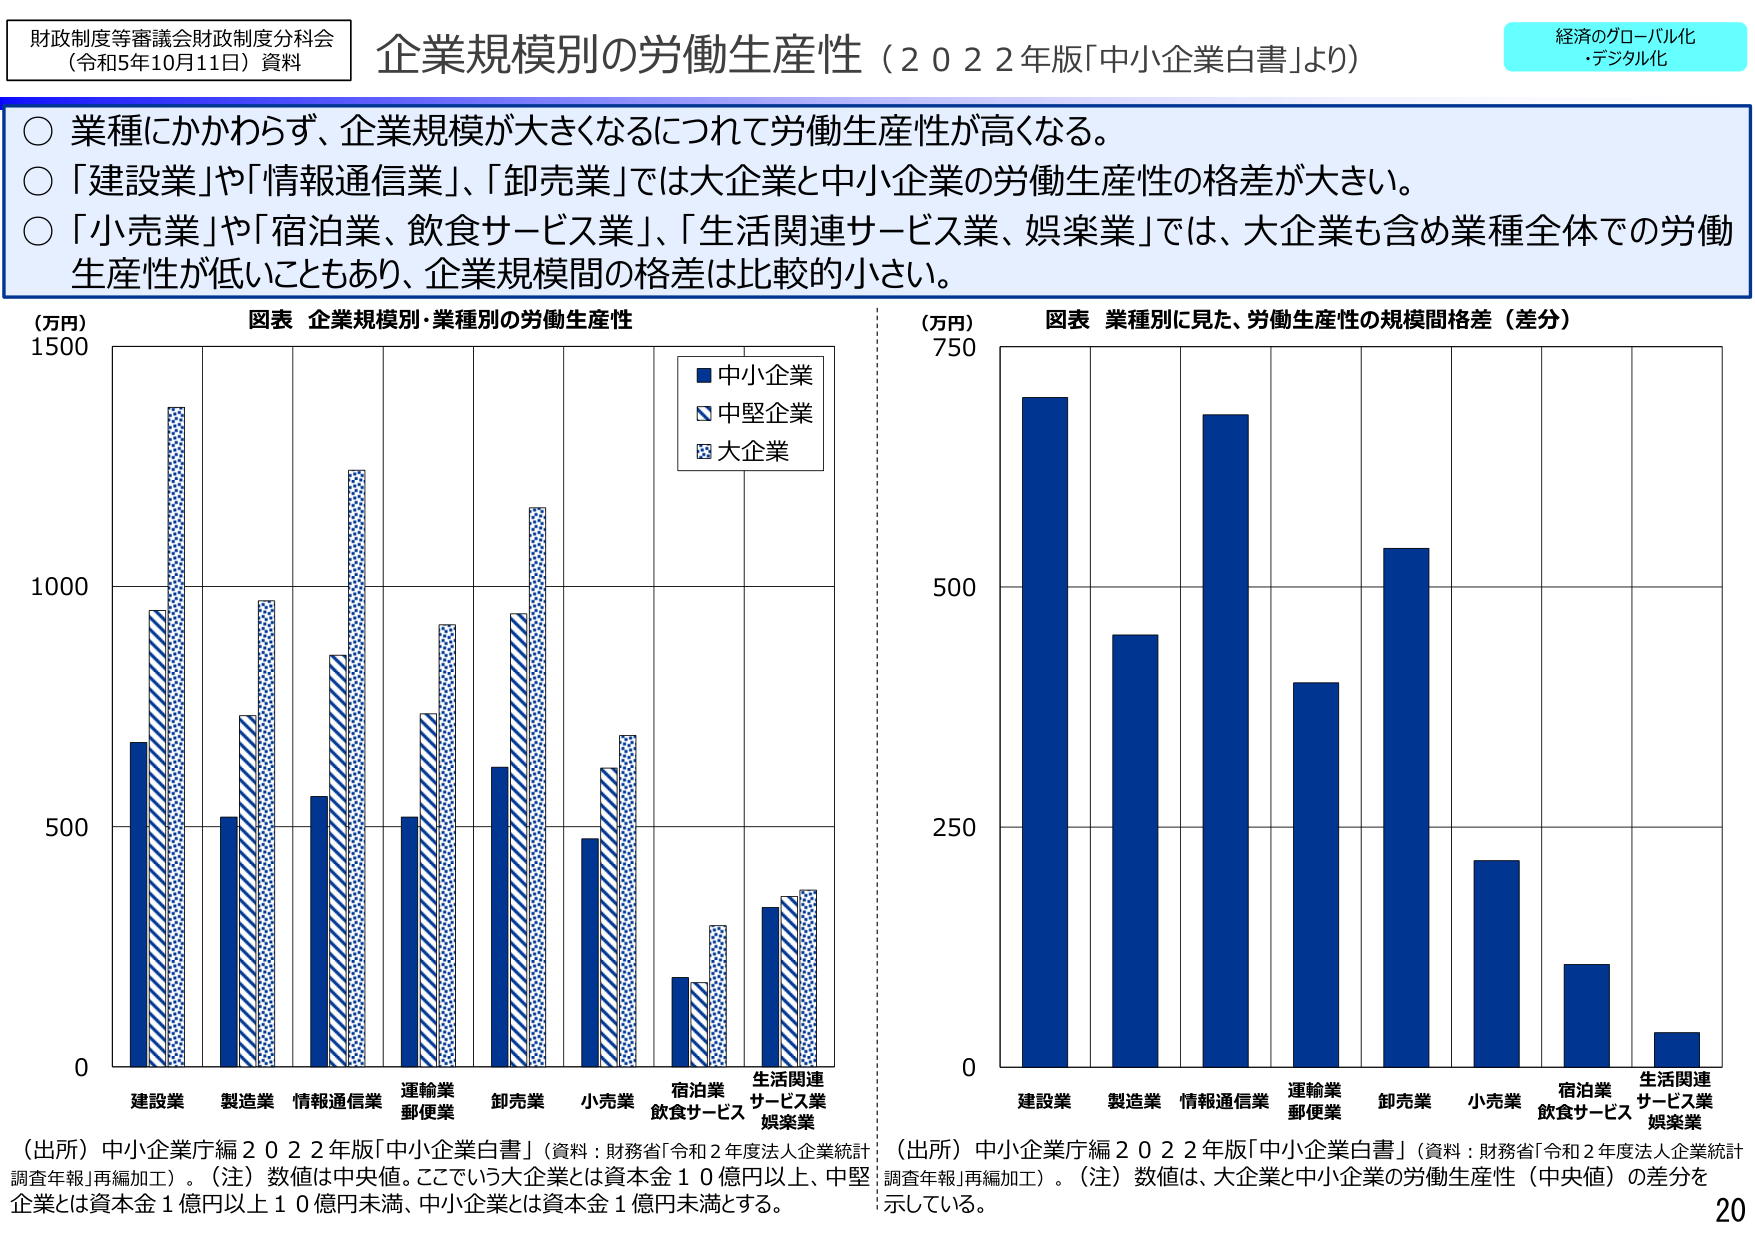
財政制度等審議会財政制度分科会
（令和5年10月11日）資料

企業規模別の労働生産性（２０２２年版「中小企業白書」より）

経済のグローバル化
・デジタル化

○ 業種にかかわらず、企業規模が大きくなるにつれて労働生産性が高くなる。
○ 「建設業」や「情報通信業」、「卸売業」では大企業と中小企業の労働生産性の格差が大きい。
○ 「小売業」や「宿泊業、飲食サービス業」、「生活関連サービス業、娯楽業」では、大企業も含め業種全体での労働生産性が低いこともあり、企業規模間の格差は比較的小さい。

（万円）
図表 企業規模別・業種別の労働生産性

■ 中小企業
◇ 中堅企業
□ 大企業

0
500
1000
1500

建設業
製造業
情報通信業
運輸業
郵便業
卸売業
小売業
宿泊業
飲食サービス
生活関連
サービス業
娯楽業

（出所）中小企業庁編２０２２年版「中小企業白書」（資料：財務省「令和２年度法人企業統計調査年報」再編加工）。（注）数値は中央値。ここでいう大企業とは資本金１０億円以上、中堅企業とは資本金１億円以上１０億円未満、中小企業とは資本金１億円未満とする。

（万円）
図表 業種別に見た、労働生産性の規模間格差（差分）

0
250
500
750

建設業
製造業
情報通信業
運輸業
郵便業
卸売業
小売業
宿泊業
飲食サービス
生活関連
サービス業
娯楽業

（出所）中小企業庁編２０２２年版「中小企業白書」（資料：財務省「令和２年度法人企業統計調査年報」再編加工）。（注）数値は、大企業と中小企業の労働生産性（中央値）の差分を示している。

20